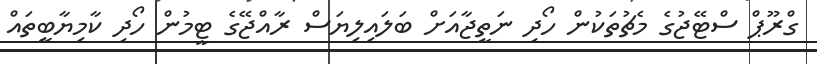
ގްރޫޕް ސްޓޭޖުގެ މެޗުތަކުން ހޯދި ނަތީޖާއަށް ބަލައިލިޔަސް ރާއްޖޭގެ ޓީމުން ހޯދި ކާމިޔާބީތައް